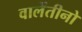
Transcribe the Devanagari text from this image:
वालेंतीनो